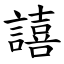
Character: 譆